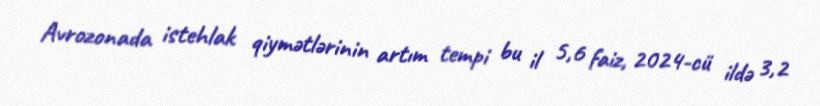
Avrozonada istehlak qiymətlərinin artım tempi bu il 5,6 faiz, 2024-cü ildə 3,2